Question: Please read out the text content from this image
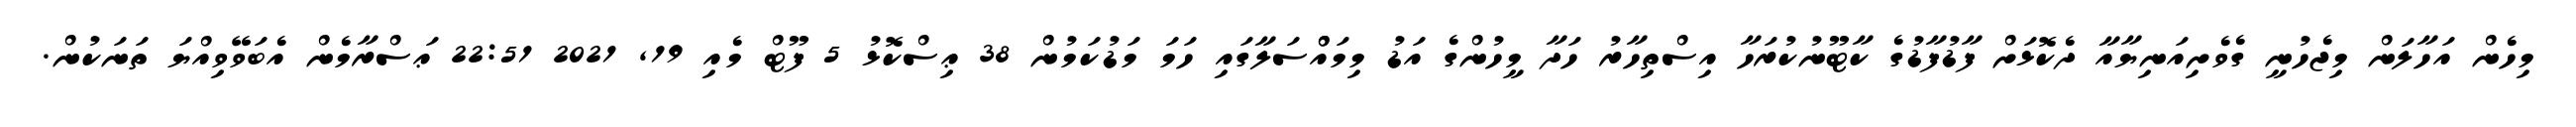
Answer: މިހެން އަހާލަން މިޖެހުނީ ގެވެށިއަނިޔާއާ ދެކޮޅަށް ފާޑުފާޑުގެ ކާޓޫނުކުރަހާ އިސްތިހާރު ހަދާ މީހުންގެ އަޑު މިމައްްސަލާގައި ހަމަ މަޑުކަމުން 38 ޢިސްކޮޅު 5 ފޫޓް މެއި 19, 2021 22:51 ޢަސްރާމެން އެބަވޭވިއްޔަ ތަނަކުން.